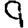
Digit: 9